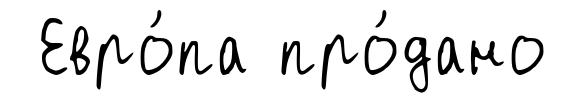
Евро́па про́дано